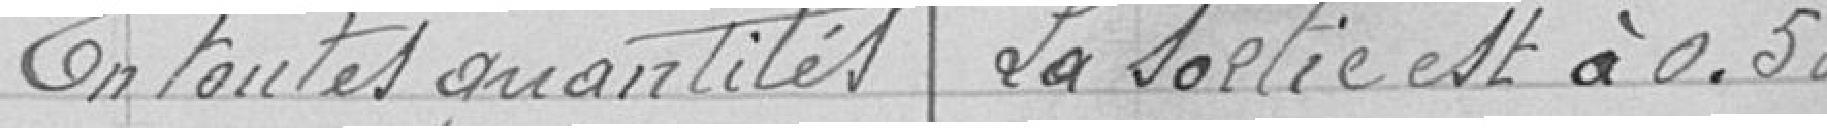
En toutes quantités  la sortie est à 0.50